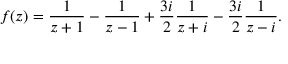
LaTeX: f ( z ) = { \frac { 1 } { z + 1 } } - { \frac { 1 } { z - 1 } } + { \frac { 3 i } { 2 } } { \frac { 1 } { z + i } } - { \frac { 3 i } { 2 } } { \frac { 1 } { z - i } } .